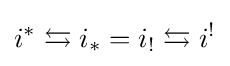
i^{*}\leftrightarrows i_{*}=i_{!}\leftrightarrows i^{!}